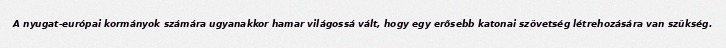
A nyugat-európai kormányok számára ugyanakkor hamar világossá vált, hogy egy erősebb katonai szövetség létrehozására van szükség.